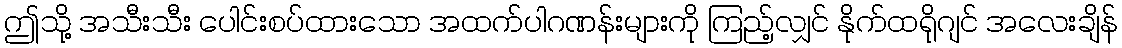
ဤသို့ အသီးသီး ပေါင်းစပ်ထားသော အထက်ပါဂဏန်းများကို ကြည့်လျှင် နိုက်ထရိုဂျင် အလေးချိန်